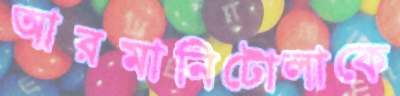
আরমানিটোলাকে